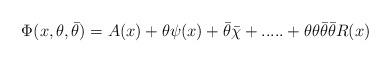
LaTeX: \begin{align*}\Phi (x, \theta , \bar{\theta} ) = A(x)+\theta \psi (x) + \bar{\theta}\bar{\chi} +.....+\theta \theta \bar{\theta} \bar{\theta} R(x)\end{align*}